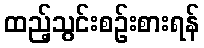
ထည့်သွင်းစဉ်းစားရန်